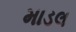
માડલ